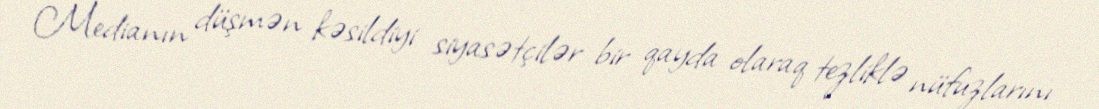
Medianın düşmən kəsildiyi siyasətçilər bir qayda olaraq tezliklə nüfuzlarını